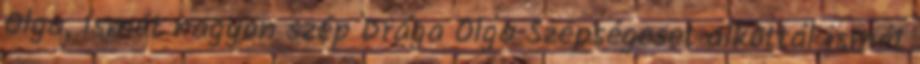
Olga, ismét nagyon szép Drága Olga Szépségeset alkottál ismét